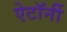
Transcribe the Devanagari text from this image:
ऐटॉर्नी